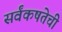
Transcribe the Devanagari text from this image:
सर्वंकषतेची